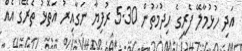
އަދި ހުޅުމާލޭ ފެރީގެ ހިދުމަތުން 5.30 ރުފިޔާ ނަގާއިރު އަތޮޅު ތެރޭގެ އެއް